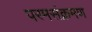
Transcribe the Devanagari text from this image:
परमसंक्रमण